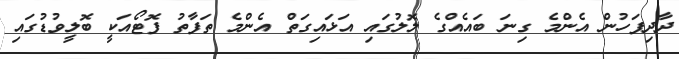
ދާދިފަހުން އެންމެ ގިނަ ބައެއްގެ ލޮލުގައި އަޅައިގަތް އެންމެ ތަފާތު ފޮޓޯއަކީ ބޮލީވުޑުގައި